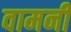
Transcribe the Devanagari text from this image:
वामनी